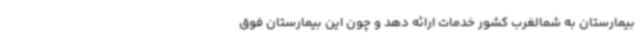
بیمارستان به شمالغرب کشور خدمات ارائه دهد و چون این بیمارستان فوق